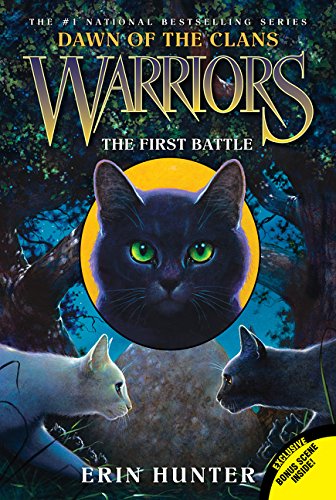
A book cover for Warriors: Dawn of the Clans #3: The First Battle; Erin Hunter; Children's Books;